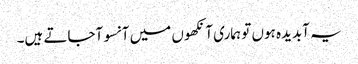
یہ آبدیدہ ہوں تو ہماری آنکھوں میں آنسو آجاتے ہیں۔